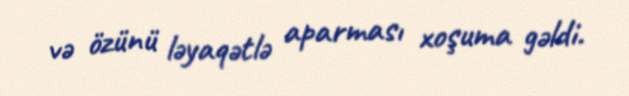
və özünü ləyaqətlə aparması xoşuma gəldi.